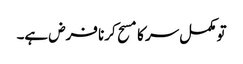
تو مکمل سر کا مسح کرنا فرض ہے۔